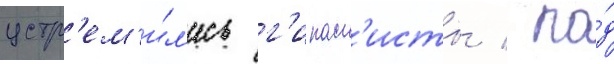
устр'ем'и́л'ись г'ипасп'исты / по́д